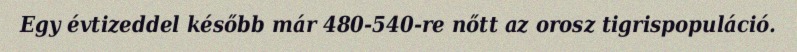
Egy évtizeddel később már 480-540-re nőtt az orosz tigrispopuláció.